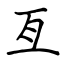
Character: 亙